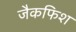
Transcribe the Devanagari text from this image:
जैकफिश